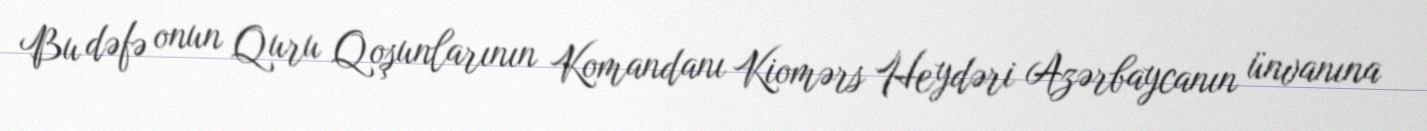
Bu dəfə onun Quru Qoşunlarının Komandanı Kiomərs Heydəri Azərbaycanın ünvanına